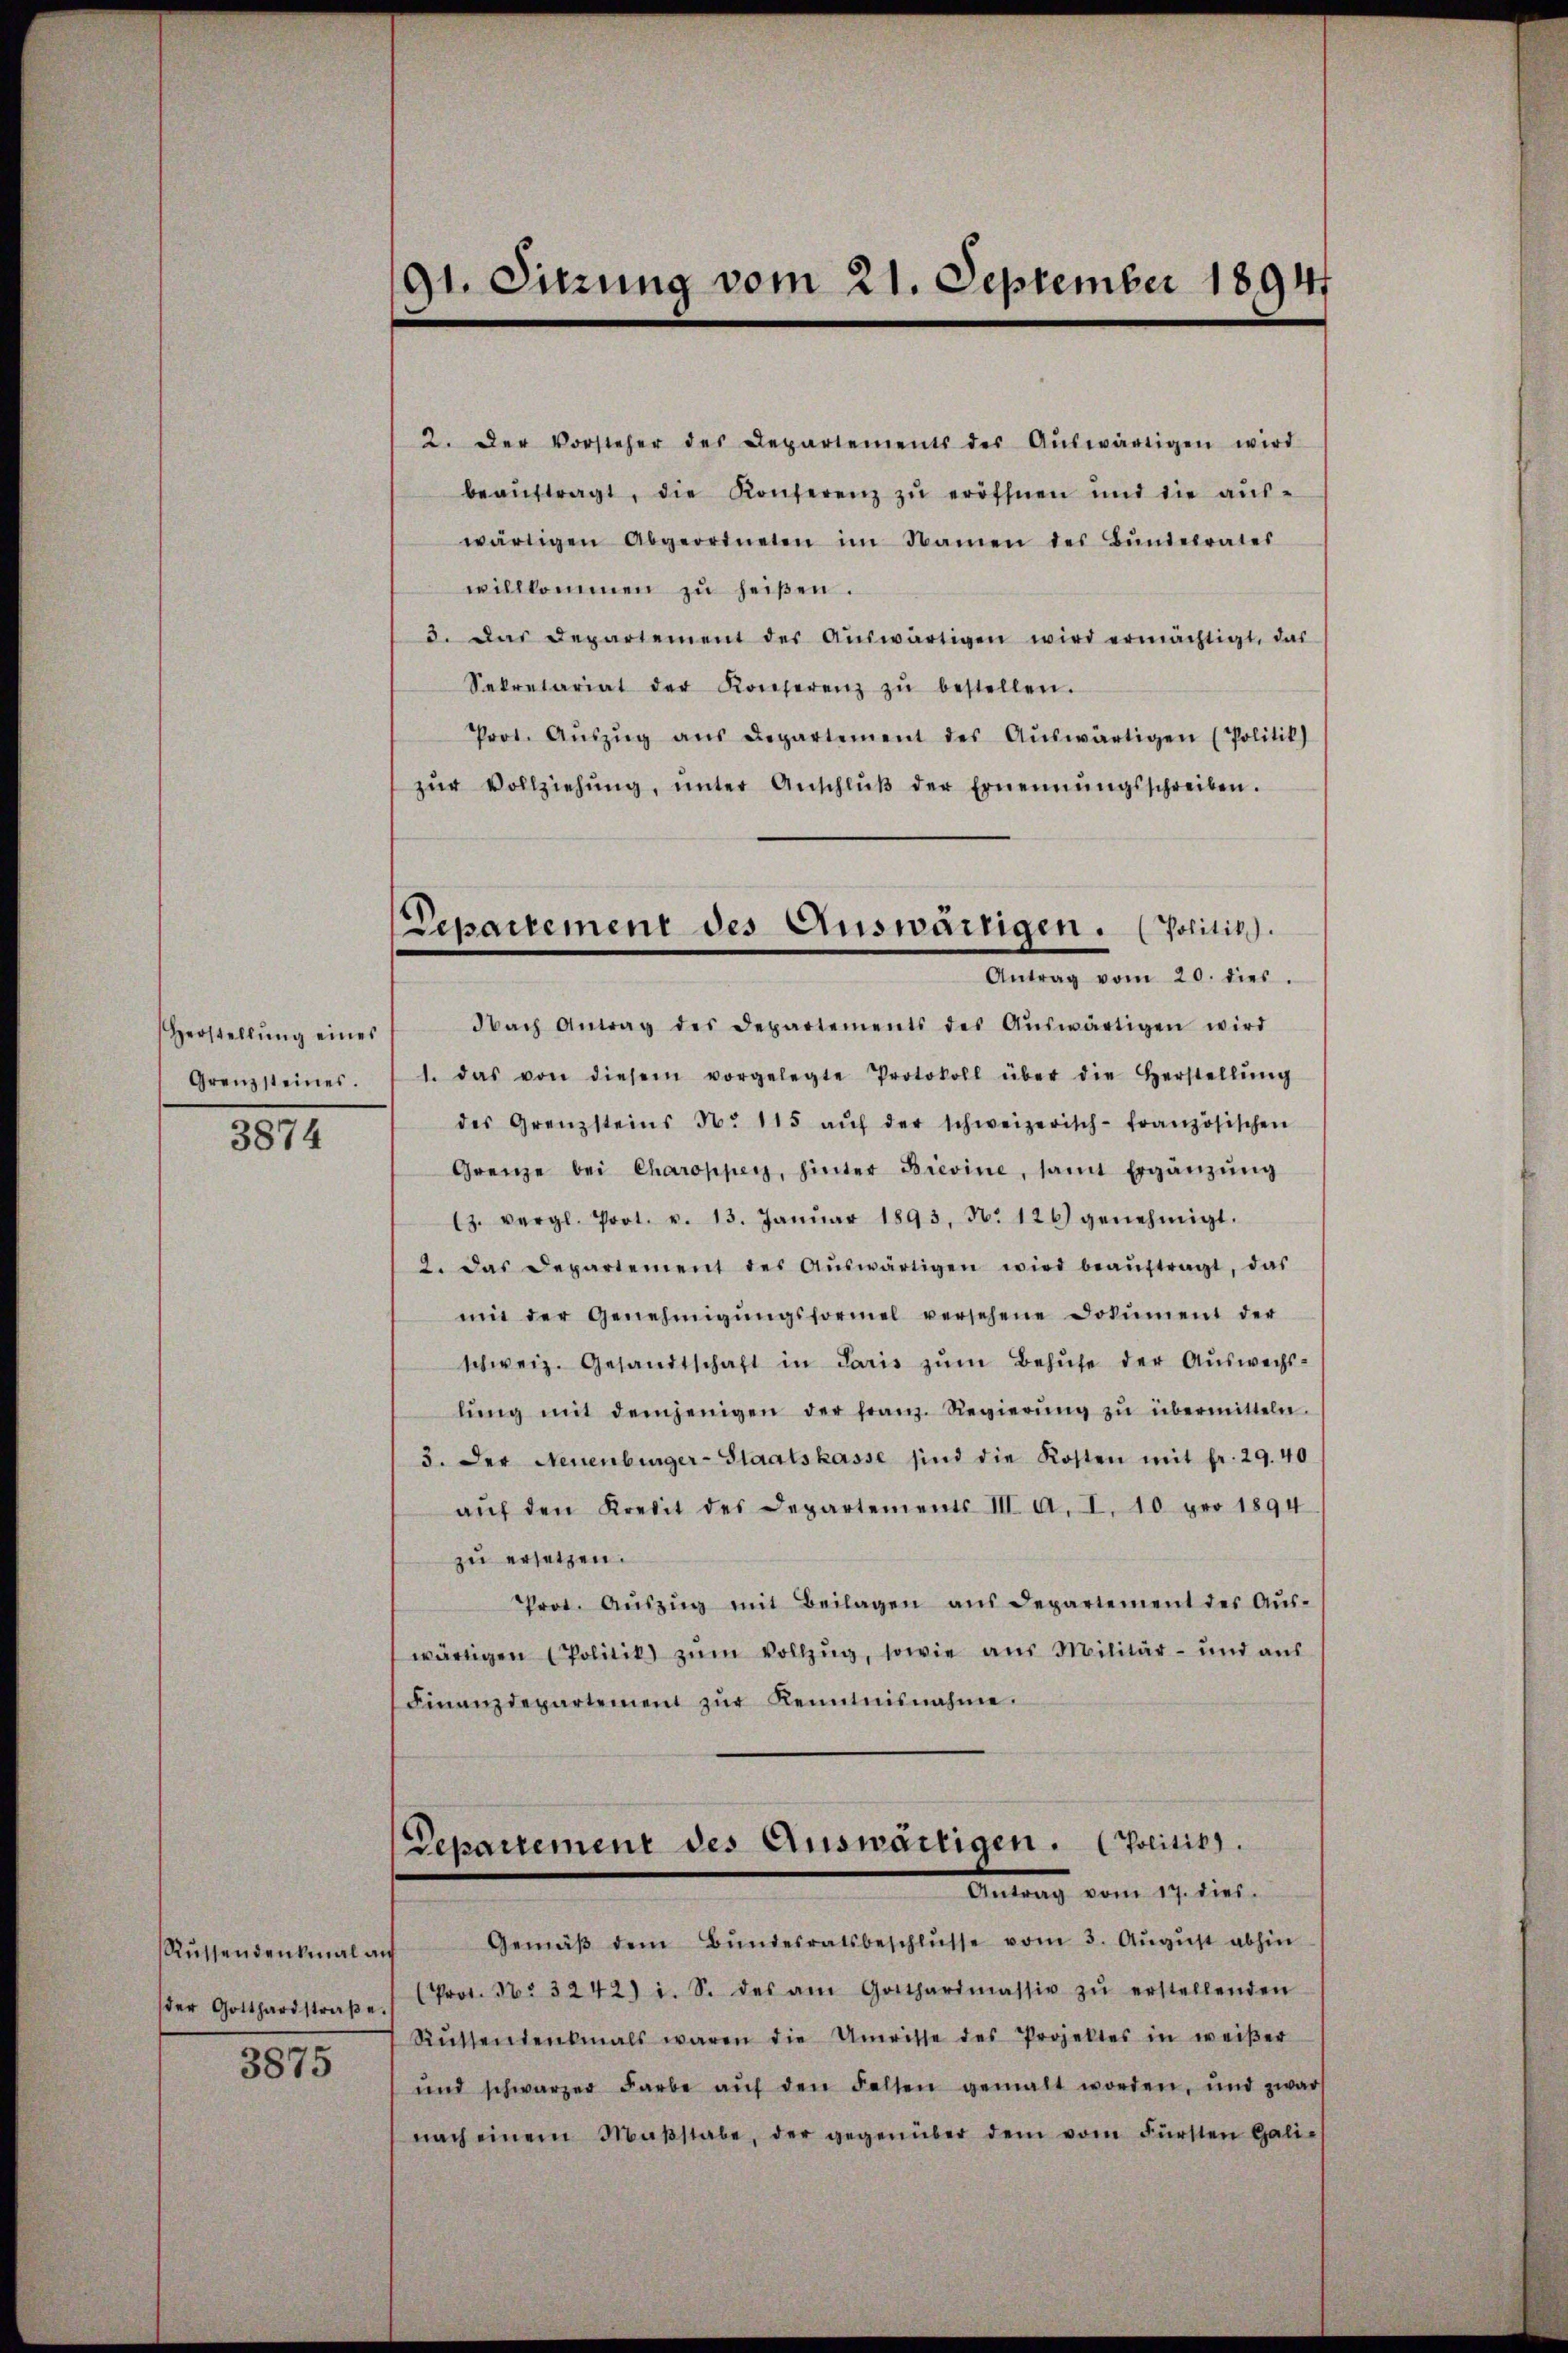
Herstellung eines
Grenzsteines.
3874

Rüssendenkmal auf
3875

91. Sitzung vom 21. September 1894

Departement des Auswärtigen. (Positiv.
Antrag vom 20. dies.

2. Der Vorsteher des Departements des Aŭswärtigen wird
beaŭftragt, die Konferenz zŭ eröffnen und die aŭs-
wärtigen Abgeordneten im Namen des Bŭndesrates
willkommen zŭ heißen.
3. Das Departement der Aŭswärtigen wird ermächtigt, das
Sekretariat der Konferenz zŭ bestellen.
Prot. Aŭszŭg aŭs Departement des Aŭswärtigen (Politik)
zŭr Vollziehŭng ŭnter Anschlŭβ der Ernennungsschreiben.
Nach Antrag des Departements des Aŭswärtigen wird
1. das von diesem vorgelegte Protokoll über die Herstellŭng
des Grenzsteins No 115 aŭf der schweizerisch-französischen
Grenze bei Charoppen, hinter Brevine, samt Ergänzŭng
13. vergl. Prot. v. 13. Janŭar 1893, No 126) genehmigt.
2. Das Departement des Aŭswärtigen wird beaŭftragt, das
mit der Genehmigŭngsformel versehene Dokument der
schweiz. Gesandtschaft in Paris zŭm Behŭfe der Aŭswechs-
lŭng mit demjenigen der franz. Regierŭng zŭ übermitteln.
3. Der Neuenburger-Staatskasse sind die Kosten mit fr. 29. 40
aŭf den Kredit des Departements III. A. I. 10 pro 1894
zu ersetzen.
Prot. Aŭszŭg mit Beilagen aus Departement des Aŭs-
wärtigen Politik zŭm Vollzŭg, sowie aŭs Militär- und aŭs
Finanzdepartement zŭr Renntnisnahme.

Departement des Auswärtigen. (Politik.
Antrag vom 17. dies

Gemäβ dem Bŭndesratsbeschlŭsse vom 3. Aŭgŭst abhin
der Gotthardstraβe " Prot. No 3242) i. S. des am Gottharimassiv zŭ erstellenden
Rŭtsendenkmals waren die Umrisse des Projektes in weißer
und schwarzer Farbe aŭf den Falten gemalt worden, und zwar
nach einem Maβstabe, der gegenüber dem vom Fürsten Galie